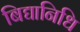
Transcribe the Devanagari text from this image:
बिद्यानिधि